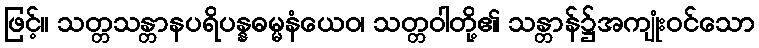
ဖြင့်။ သတ္တသန္တာနပရိပန္နဓမ္မနံယေဝ၊ သတ္တဝါတို့၏ သန္တာန်၌အကျုံးဝင်သော